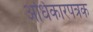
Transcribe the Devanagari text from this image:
अधिकारपत्रक